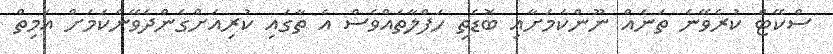
ސްކޭޓް ކުރެވޭނެ ތަނެއް ނޫންކަމަށާއި ބޮޑެތި ހަފްލާތައްވެސް އެ ތާގައި ކުރިއަށްގެންދެވޭނެކަމަށް އަމިތް